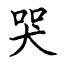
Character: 哭